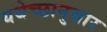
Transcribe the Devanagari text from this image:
यथेच्छानुसार